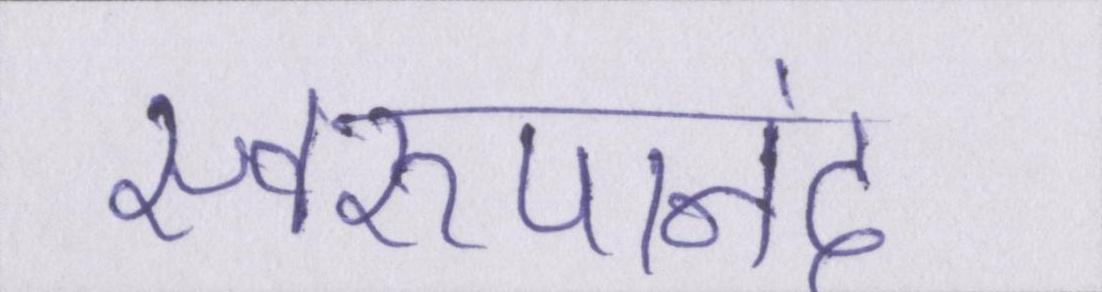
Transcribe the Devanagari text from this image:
स्वरूपानंद